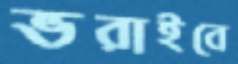
ভরাইবে